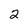
Character: 2